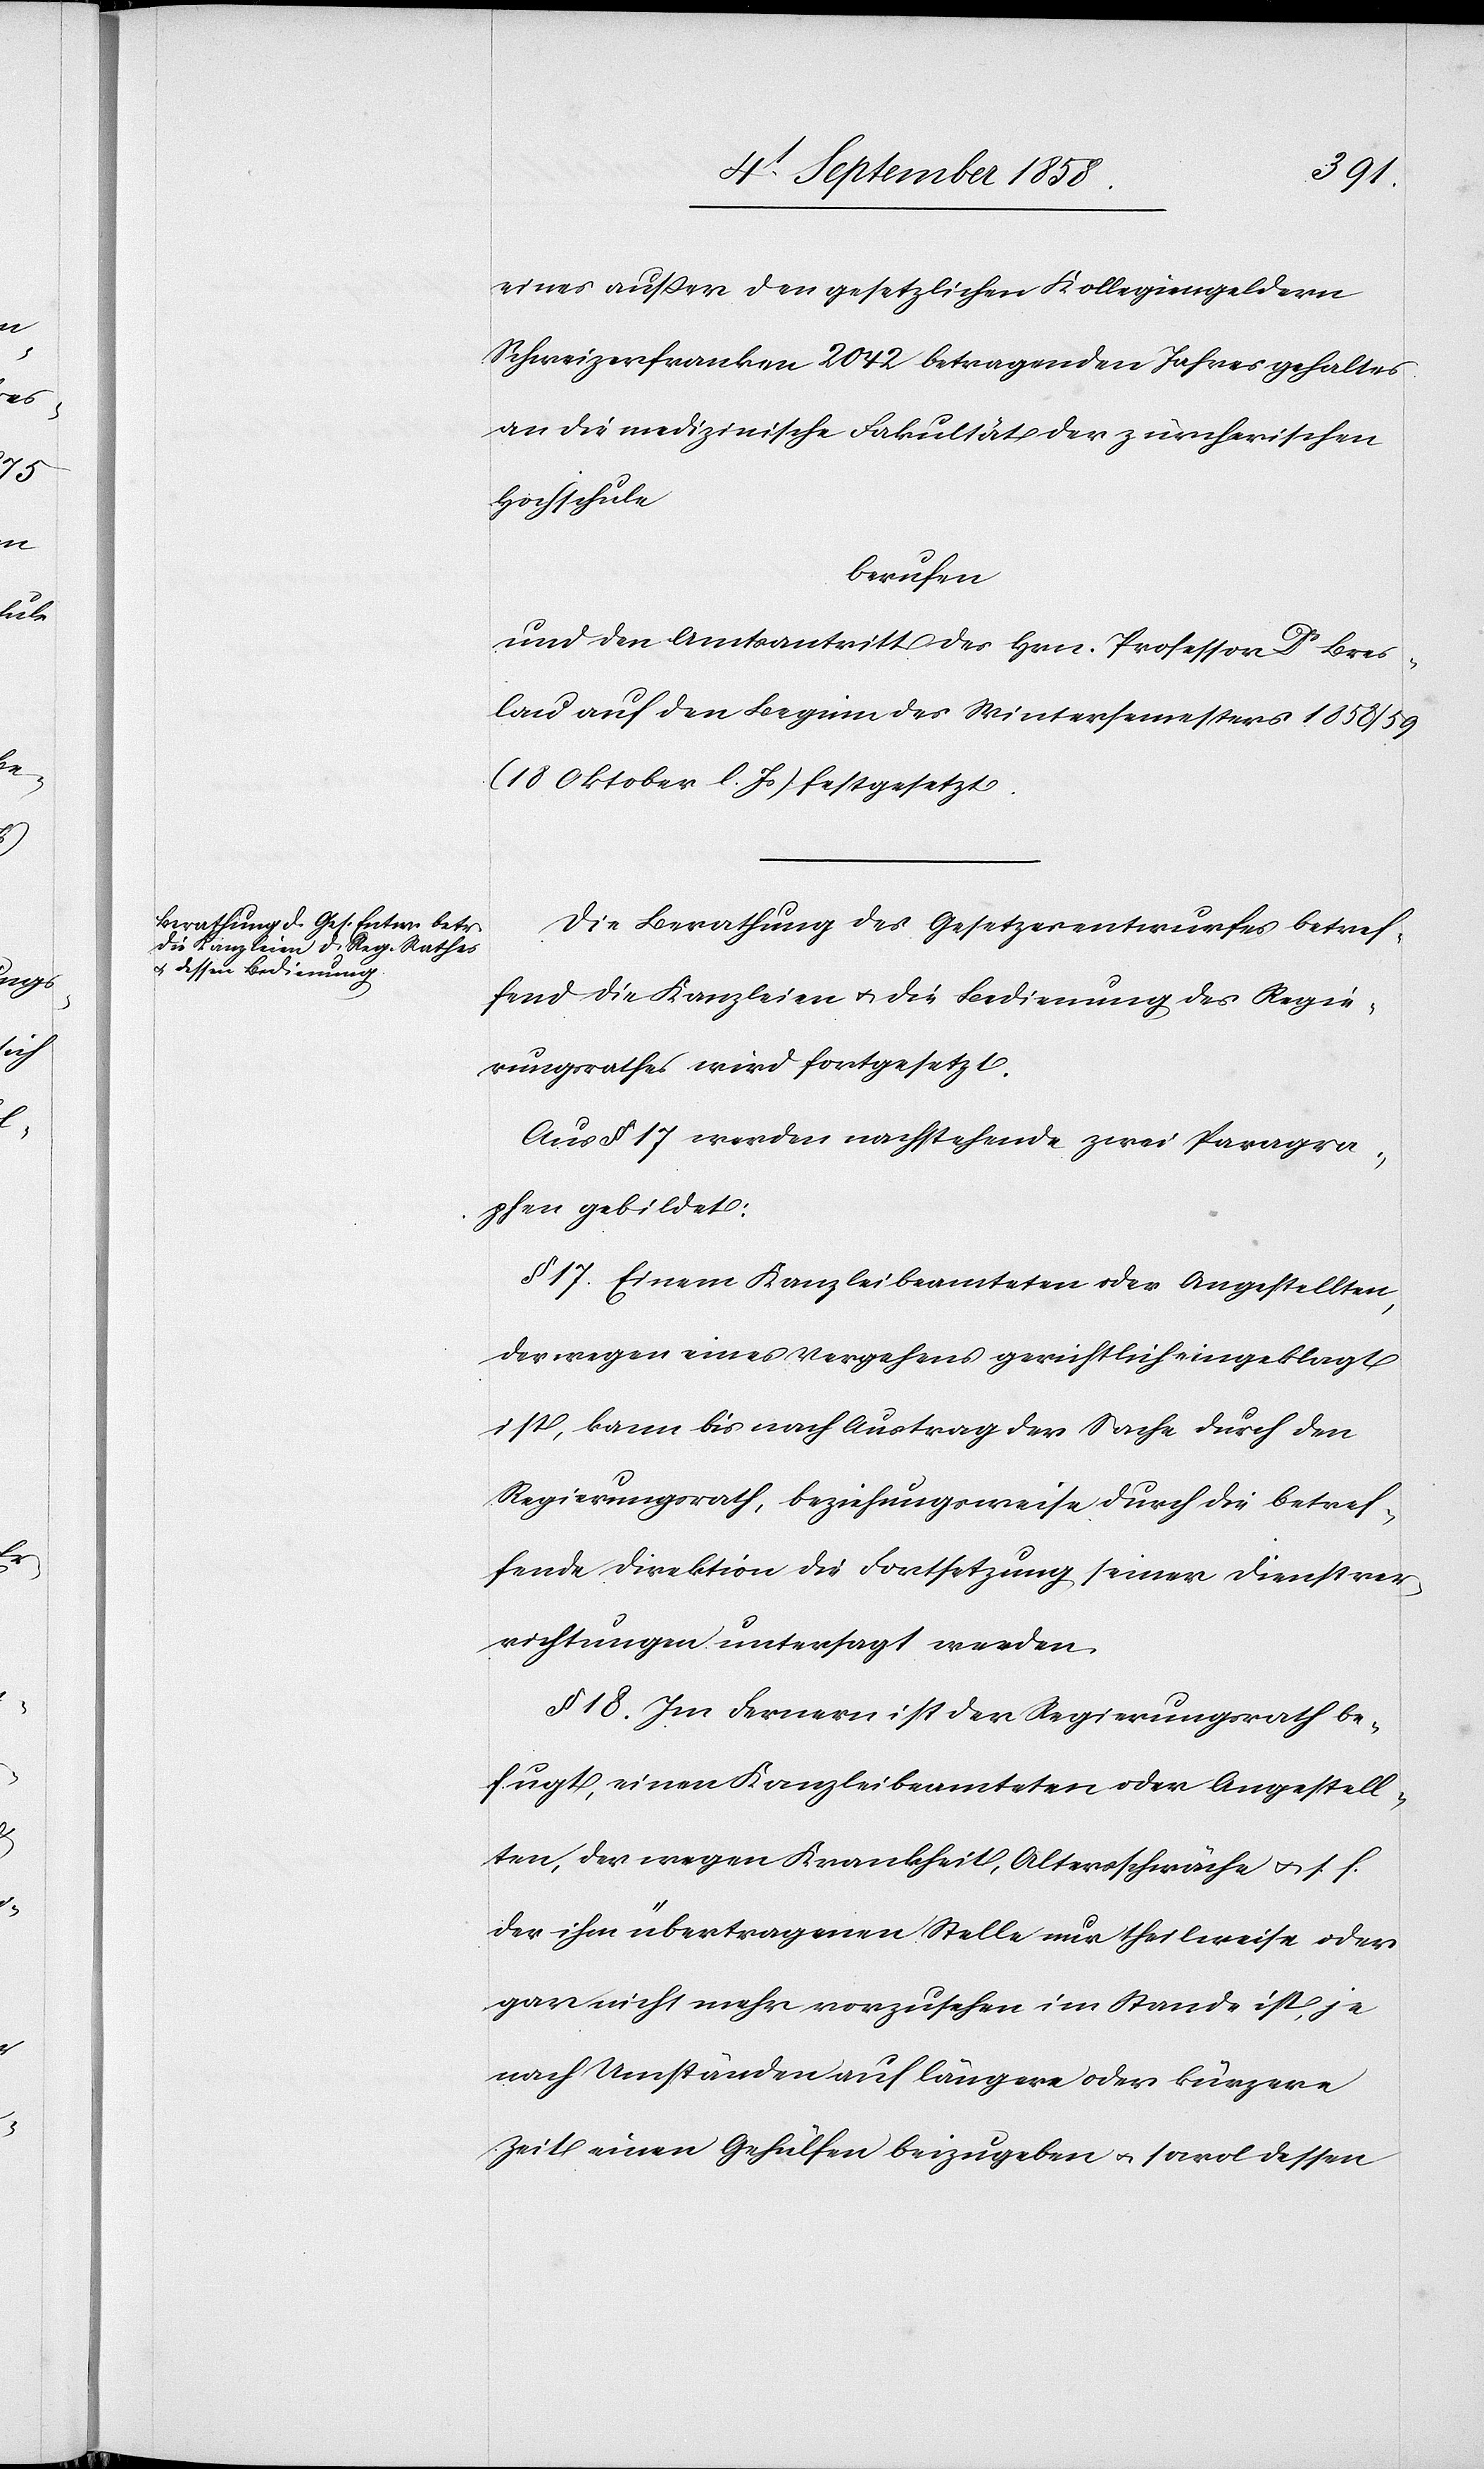
eines außer den gesetzlichen Kollegiengeldern
Schweizerfranken 2042 betragenden Jahresgehaltes
an die medizinische Fakultät der zürcherischen
Hochschule
berufen
und den Amtsantritt des Hrn. Professor Dr Bres¬
lau auf den Beginn des Wintersemesters 1858/59
(18 Oktober l. Js) festgesetzt.
Die Berathung des Gesetzesentwurfes betref¬
fend die Kanzleien & die Bedienung des Regie¬
rungsrathes wird fortgesetzt.
Aus § 17 werden nachstehende zwei Paragra¬
phen gebildet:
§ 17. Einem Kanzleibeamteten oder Angestellten,
der wegen eines Vergehens gerichtlich eingeklagt
ist, kann bis nach Austrag der Sache durch den
Regierungsrath, beziehungsweise durch die betref¬
fende Direktion die Fortsetzung seiner Dienstver¬
richtungen untersagt werden.
§ 18. Im Fernern ist der Regierungsrath be¬
fugt, einen Kanzleibeamteten oder Angestell¬
ten, der wegen Krankheit, Altersschwäche & s. f.
der ihm übertragenen Stelle nur theilweise oder
gar nicht mehr vorzus[t]ehen im Stande ist, je
nach Umständen auf längere oder kürzere
Zeit einen Gehülfen beizugeben & sowol dessen